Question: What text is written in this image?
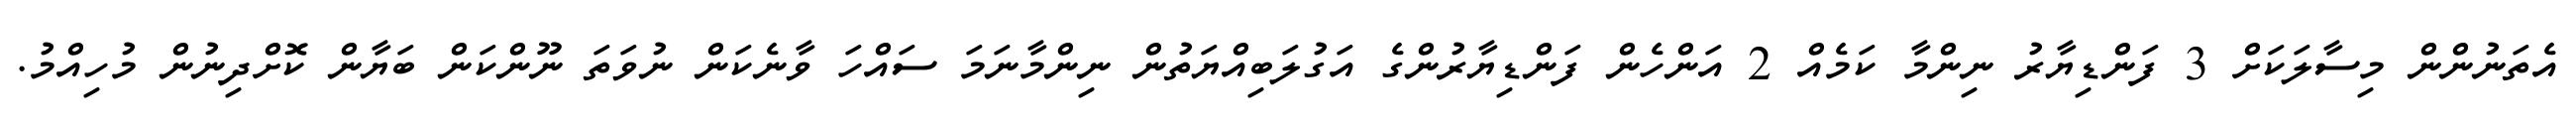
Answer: އެތަނުންން މިސާލަކަށް 3 ފަންޑިޔާރު ނިންމާ ކަމެއް 2 އަންހެން ފަންޑިޔާރުންގެ އަގުލަބިއްޔަތުން ނިންމާނަމަ ސައްހަ ވާނެކަން ނުވަތަ ނޫންކަން ބަޔާން ކޮށްދިނުން މުހިއްމު.